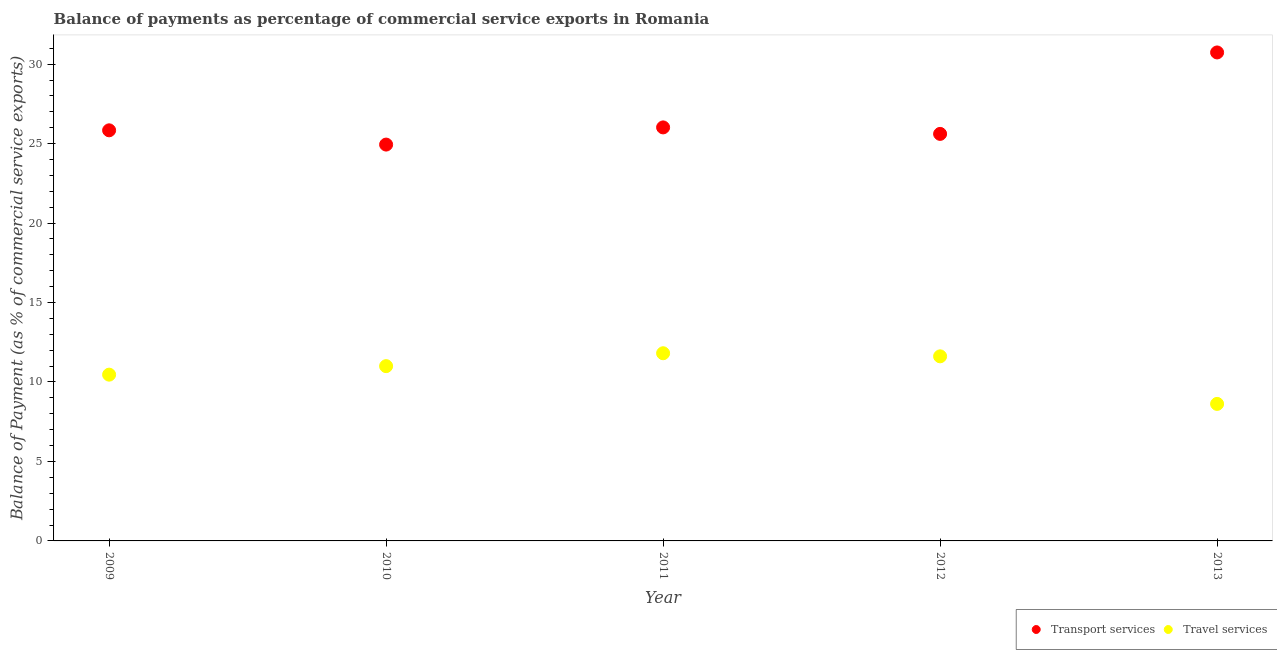
| Year | Transport services | Travel services |
 | --- | --- | --- |
 | 2009 | 25.8 | 10.5 |
 | 2010 | 24.9 | 11 |
 | 2011 | 26 | 11.8 |
 | 2012 | 25.6 | 11.6 |
 | 2013 | 30.7 | 8.62 |